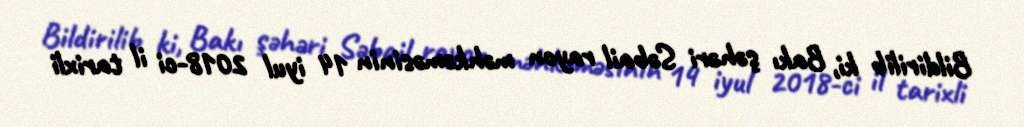
Bildirilib ki, Bakı şəhəri Səbail rayon məhkəməsinin 14 iyul 2018-ci il tarixli